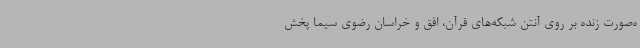
ه‌صورت زنده بر روی آنتن شبکه‌های قرآن، افق و خراسان رضوی سیما پخش